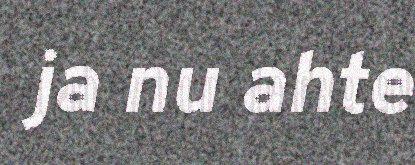
ja nu ahte